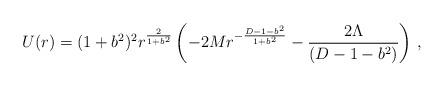
LaTeX: \begin{align*}U(r) = (1 +b^2)^2 r^{2 \over {1+b^2}} \left( -2Mr^{-{{D-1-b^2}\over{1+b^2}}} - {{2\Lambda}\over {(D-1-b^2)}} \right) \, ,\end{align*}